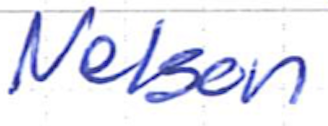
Text: Nelson
Cross-out: clean
Writing tool: ballpoint